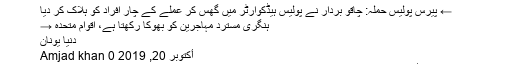
‘
← پیرس پولیس حملہ: چاقو بردار نے پولیس ہیڈکوارٹر میں گھس کر عملے کے چار افراد کو ہلاک کر دیا
ہنگری مسترد مہاجرین کو بھوکا رکھتا ہے، اقوام متحدہ →
دنیا یونان
أكتوبر 20, 2019 Amjad khan 0
سائبیریا میں ڈیم ٹوٹنے کے باعث سونے کی کان میں کام کرنے والے 15 مزدور ہلاک اور 13 زخمی ہوگئے۔